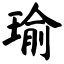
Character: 瑜